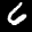
Label: 6